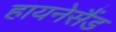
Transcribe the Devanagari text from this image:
हायनेसैंड